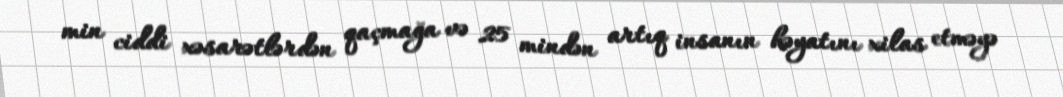
min ciddi xəsarətlərdən qaçmağa və 25 mindən artıq insanın həyatını xilas etməyə